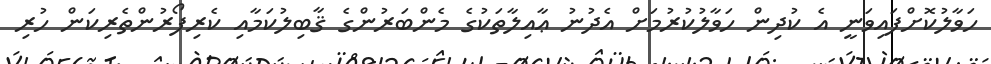
ހަވާލުކޮށްފައިވަނީ އެ ކުދިން ހަވާލުކުރުމަށް އެދުނު ޢާއިލާތަކުގެ މެންބަރުންގެ ޤާބިލުކަމާއި ކެރިފޯރުންތެރިކަން ހުރި